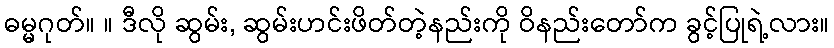
ဓမ္မဂုတ်။ ။ ဒီလို ဆွမ်း, ဆွမ်းဟင်းဖိတ်တဲ့နည်းကို ဝိနည်းတော်က ခွင့်ပြုရဲ့လား။